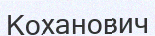
Коханович